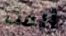
ألفت